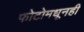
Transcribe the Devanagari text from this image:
फोटोमधूनही